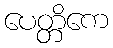
ပေတ္တိကေ